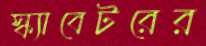
স্ক্যাবেটরের